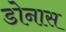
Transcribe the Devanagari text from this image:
डोनास